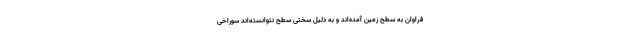
فراوان به سطح زمین آمده‌اند و به دلیل سختی سطح نتوانسته‌اند سوراخی